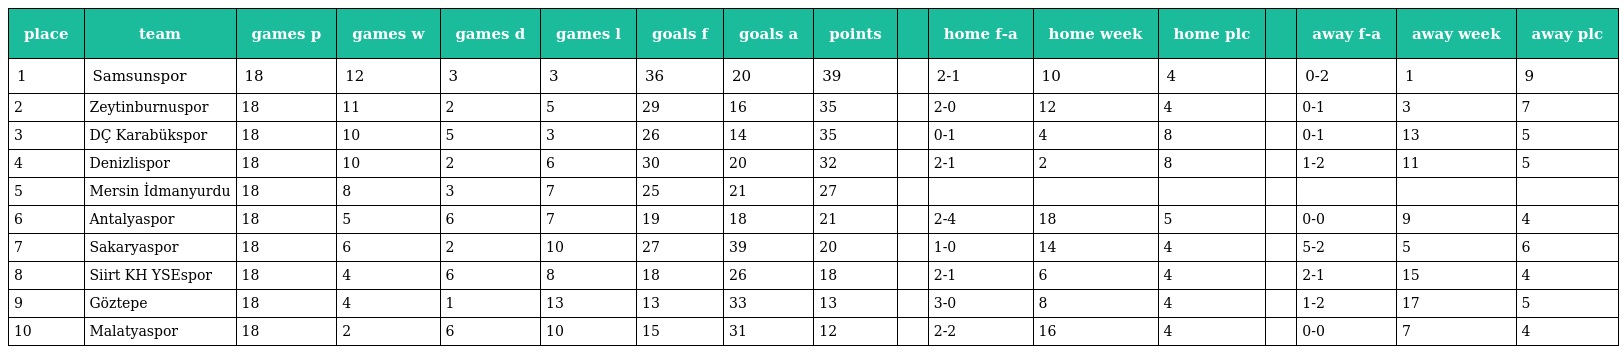
| place | team | games p | games w | games d | games l | goals f | goals a | points |  | home f-a | home week | home plc |  | away f-a | away week | away plc |
 | --- | --- | --- | --- | --- | --- | --- | --- | --- | --- | --- | --- | --- | --- | --- | --- | --- |
 | 1 | Samsunspor | 18 | 12 | 3 | 3 | 36 | 20 | 39 |  | 2-1 | 10 | 4 |  | 0-2 | 1 | 9 |
 | 2 | Zeytinburnuspor | 18 | 11 | 2 | 5 | 29 | 16 | 35 |  | 2-0 | 12 | 4 |  | 0-1 | 3 | 7 |
 | 3 | DÇ Karabükspor | 18 | 10 | 5 | 3 | 26 | 14 | 35 |  | 0-1 | 4 | 8 |  | 0-1 | 13 | 5 |
 | 4 | Denizlispor | 18 | 10 | 2 | 6 | 30 | 20 | 32 |  | 2-1 | 2 | 8 |  | 1-2 | 11 | 5 |
 | 5 | Mersin İdmanyurdu | 18 | 8 | 3 | 7 | 25 | 21 | 27 |  |  |  |  |  |  |  |  |
 | 6 | Antalyaspor | 18 | 5 | 6 | 7 | 19 | 18 | 21 |  | 2-4 | 18 | 5 |  | 0-0 | 9 | 4 |
 | 7 | Sakaryaspor | 18 | 6 | 2 | 10 | 27 | 39 | 20 |  | 1-0 | 14 | 4 |  | 5-2 | 5 | 6 |
 | 8 | Siirt KH YSEspor | 18 | 4 | 6 | 8 | 18 | 26 | 18 |  | 2-1 | 6 | 4 |  | 2-1 | 15 | 4 |
 | 9 | Göztepe | 18 | 4 | 1 | 13 | 13 | 33 | 13 |  | 3-0 | 8 | 4 |  | 1-2 | 17 | 5 |
 | 10 | Malatyaspor | 18 | 2 | 6 | 10 | 15 | 31 | 12 |  | 2-2 | 16 | 4 |  | 0-0 | 7 | 4 |